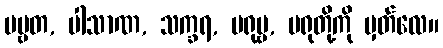
ပဗ္ဗတ, ပါသာဏ, သက္ခရ, မရုမ္ဗ, မရုတို့ကို မှတ်လေ။